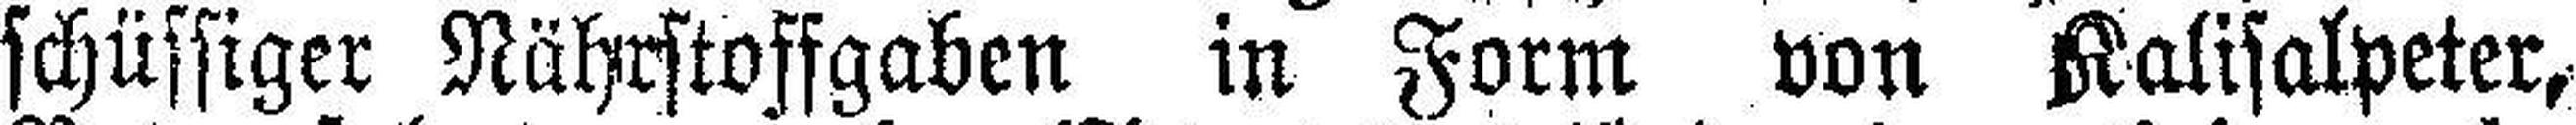
schüssiger Nährstoffgaben in Form von Kalisalpeter,